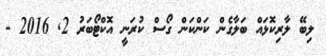
ލިބޭ ލާރިކޮޅައް ބަލާގެން ކަންކަން ގޯސް ކުރަނީ އޮކްޓޯބަރު 2